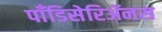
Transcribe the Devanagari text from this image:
पाँडिसेरिॲनस